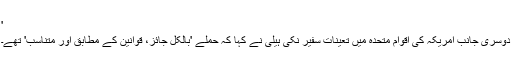
'
دوسری جانب امریکہ کی اقوام متحدہ میں تعینات سفیر نکی ہیلی نے کہا کہ حملے 'بالکل جائز، قوانین کے مطابق اور متناسب' تھے۔